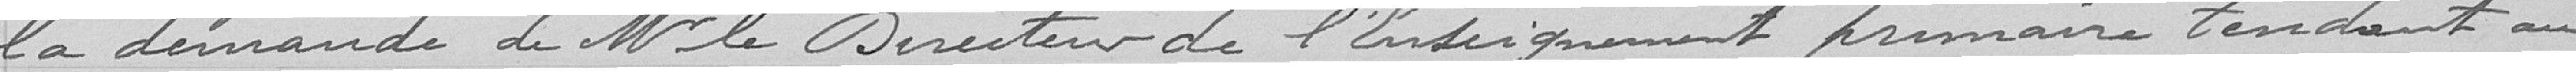
la demande de Mr le Directeur de l'Enseignement primaire tendant au